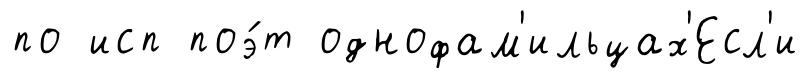
по исп поэ́т однофам'ильцах'Есл'и